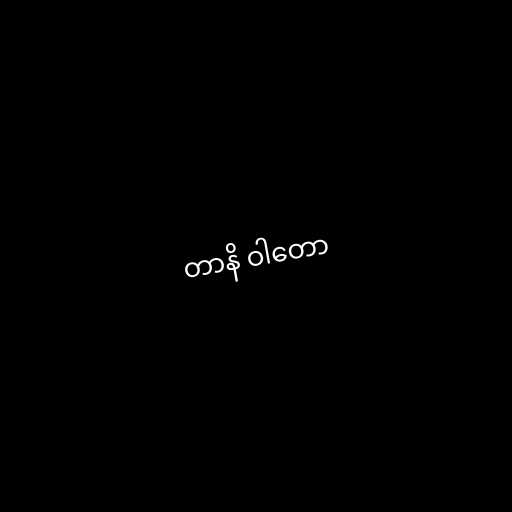
တာနိ ဝါတော